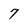
Character: 7